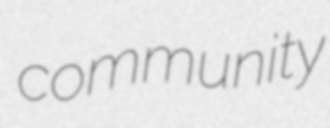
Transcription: community